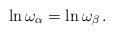
LaTeX: \begin{align*}\ln\omega_\alpha = \ln\omega_\beta\,.\end{align*}